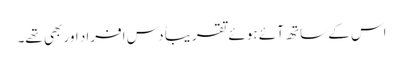
اس کے ساتھ آئے ہوئے تقریباً دس افراد اور بھی تھے۔